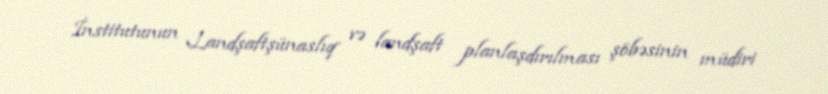
İnstitutunun Landşaftşünaslıq və landşaft planlaşdırılması şöbəsinin müdiri